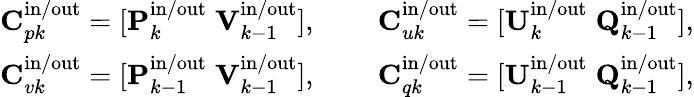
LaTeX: \begin{array}{rl}{\mathbf{C}_{pk}^{\mathrm{in}/\mathrm{out}}=[\mathbf{P}_{k}^{\mathrm{in}/\mathrm{out}}\; \mathbf{V}_{k-1}^{\mathrm{in}/\mathrm{out}}],\; }&{\quad\mathbf{C}_{uk}^{\mathrm{in}/\mathrm{out}}=[\mathbf{U}_{k}^{\mathrm{in}/\mathrm{out}}\; \mathbf{Q}_{k-1}^{\mathrm{in}/\mathrm{out}}],}\\ {\mathbf{C}_{vk}^{\mathrm{in}/\mathrm{out}}=[\mathbf{P}_{k-1}^{\mathrm{in}/\mathrm{out}}\; \mathbf{V}_{k-1}^{\mathrm{in}/\mathrm{out}}],\; }&{\quad\mathbf{C}_{qk}^{\mathrm{in}/\mathrm{out}}=[\mathbf{U}_{k-1}^{\mathrm{in}/\mathrm{out}}\; \mathbf{Q}_{k-1}^{\mathrm{in}/\mathrm{out}}],}\end{array}